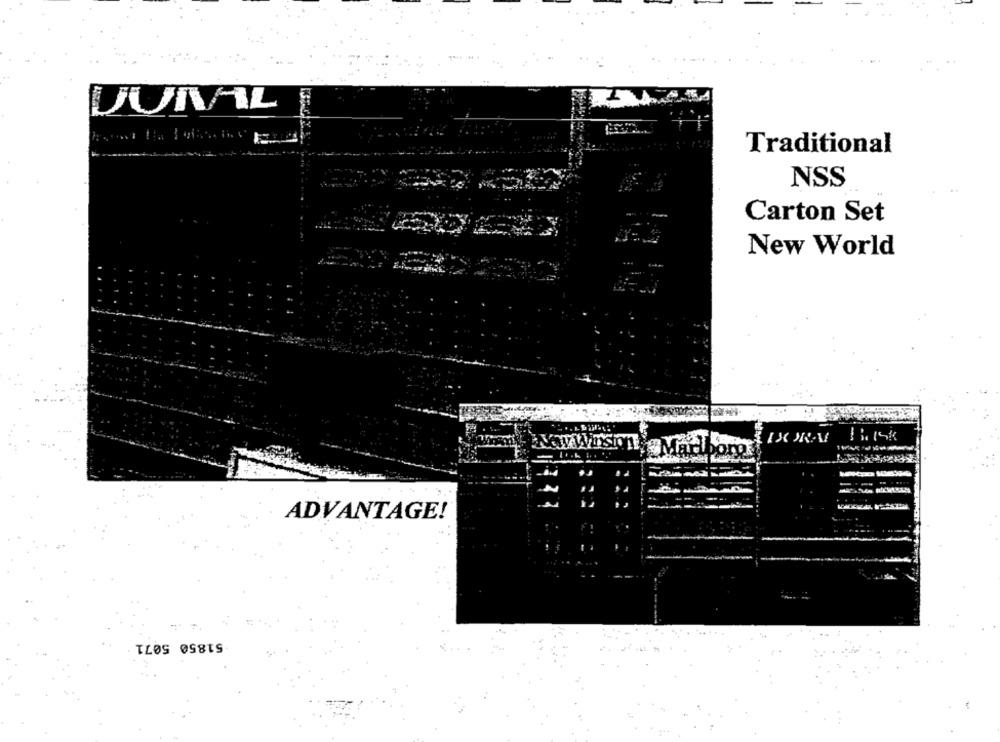
DUNAAL
Traditional
NSS
:44
Carton Set
New World
ADVANTAGE!
51850 5071